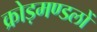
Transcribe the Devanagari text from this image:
क्रोड़मण्डलों